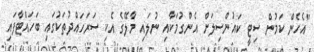
"އެހެން ކަމުން ސިޓީ ކައުންސިލަށް އެންގުމަކާއި ނުލައި މާލޭގެ އެކި ސަރަހައްދުތަކުގައި ބަހައްޓާފައި